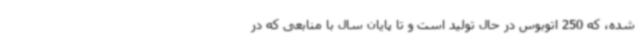
شده، که 250 اتوبوس در حال تولید است و تا پایان سال با منابعی که در